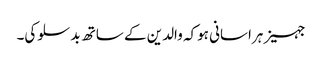
جہیز ہراسانی ہوکہ والدین کے ساتھ بدسلوکی۔